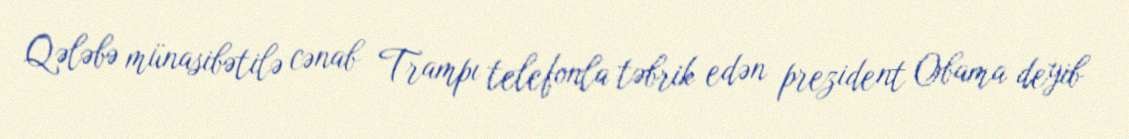
Qələbə münasibətilə cənab Trampı telefonla təbrik edən prezident Obama deyib